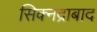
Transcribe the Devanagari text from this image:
सिक्नद्राबाद